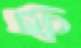
স্ফ